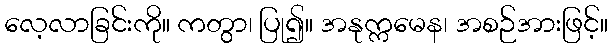
လေ့လာခြင်းကို။ ကတွာ၊ ပြု၍။ အနုက္ကမေန၊ အစဉ်အားဖြင့်။